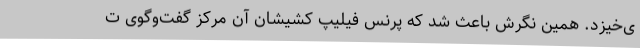
ی‌خیزد. همین نگرش باعث شد که پرنس فیلیپ کشیشان آن مرکز گفت‌وگوی ت